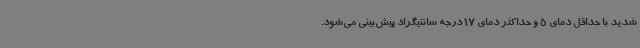
شدید با حداقل دمای 5 و حداکثر دمای 17 درجه سانتیگراد پیش‌بینی می‌شود.